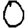
Digit: 0